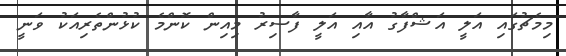
މިމެޗުގައި އަލީ އަޝްފާގު އާއި އަލީ ފާސިރު މިއިން ކޮންމެ ކުޅުންތެރިއަކު ވަނީ